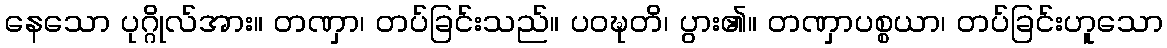
နေသော ပုဂ္ဂိုလ်အား။ တဏှာ၊ တပ်ခြင်းသည်။ ပဝဍ္ဎတိ၊ ပွား၏။ တဏှာပစ္စယာ၊ တပ်ခြင်းဟူသော